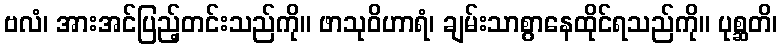
ဗလံ၊ အားအင်ပြည့်တင်းသည်ကို။ ဖာသုဝိဟာရံ၊ ချမ်းသာစွာနေထိုင်ရသည်ကို။ ပုစ္ဆတိ၊